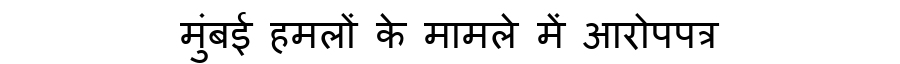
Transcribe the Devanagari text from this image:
मुंबई हमलों के मामले में आरोपपत्र